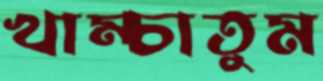
খাম্‌চাতুম